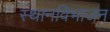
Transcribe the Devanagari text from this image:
स्थानविभाजन